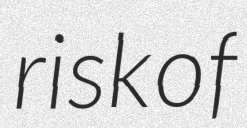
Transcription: risk of